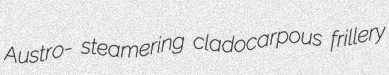
Austro- steamering cladocarpous frillery